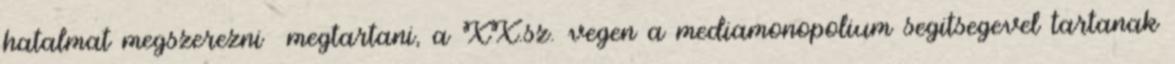
hatalmat megszerezni megtartani, a XX.sz. vegen a mediamonopolium segitsegevel tartanak